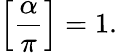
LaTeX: \left[{\frac{\alpha}{\pi}}\right]=1.